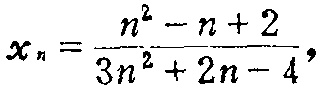
\[
x_{n}=\frac{n^{2}-n + 2}{3n^{2}+2n - 4},
\]